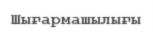
Шығармашылығы